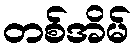
တစ်အိမ်